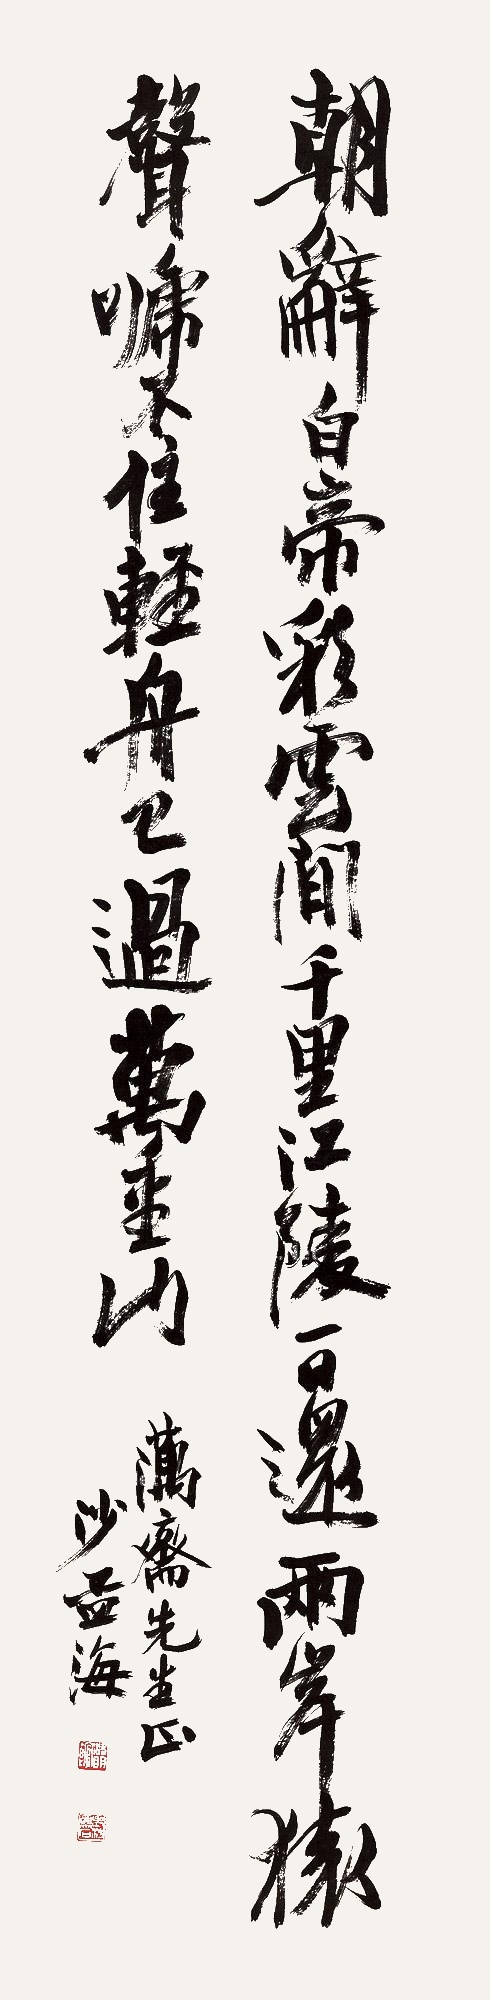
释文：朝辞白帝彩云间，千里江陵一日还。两岸猿声啼不住，轻舟已过万重山。蕅斋先生正。沙孟海。